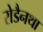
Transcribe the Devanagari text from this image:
रोडैनथा